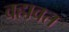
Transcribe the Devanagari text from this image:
वहावत